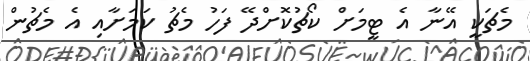
މެޗަކީ އޭނާ އެ ޓީމަށް ކޯޗުކޮށްދޭ ފަހު މެޗު ކަމަށާއި އެ މެޗުން